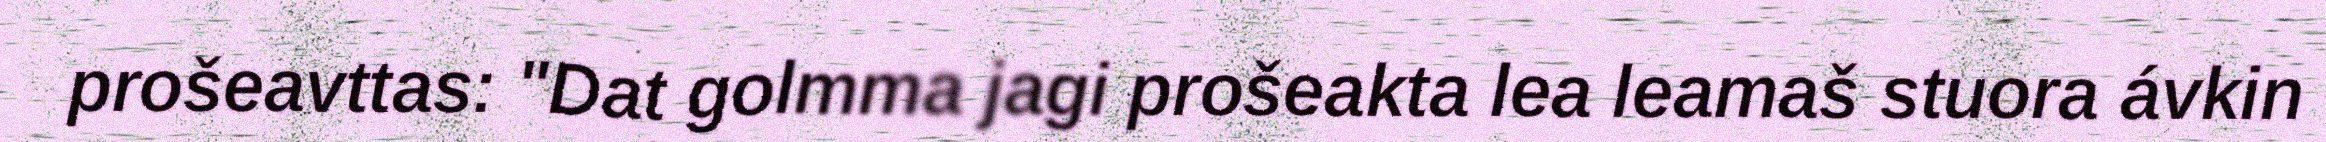
prošeavttas: "Dat golmma jagi prošeakta lea leamaš stuora ávkin